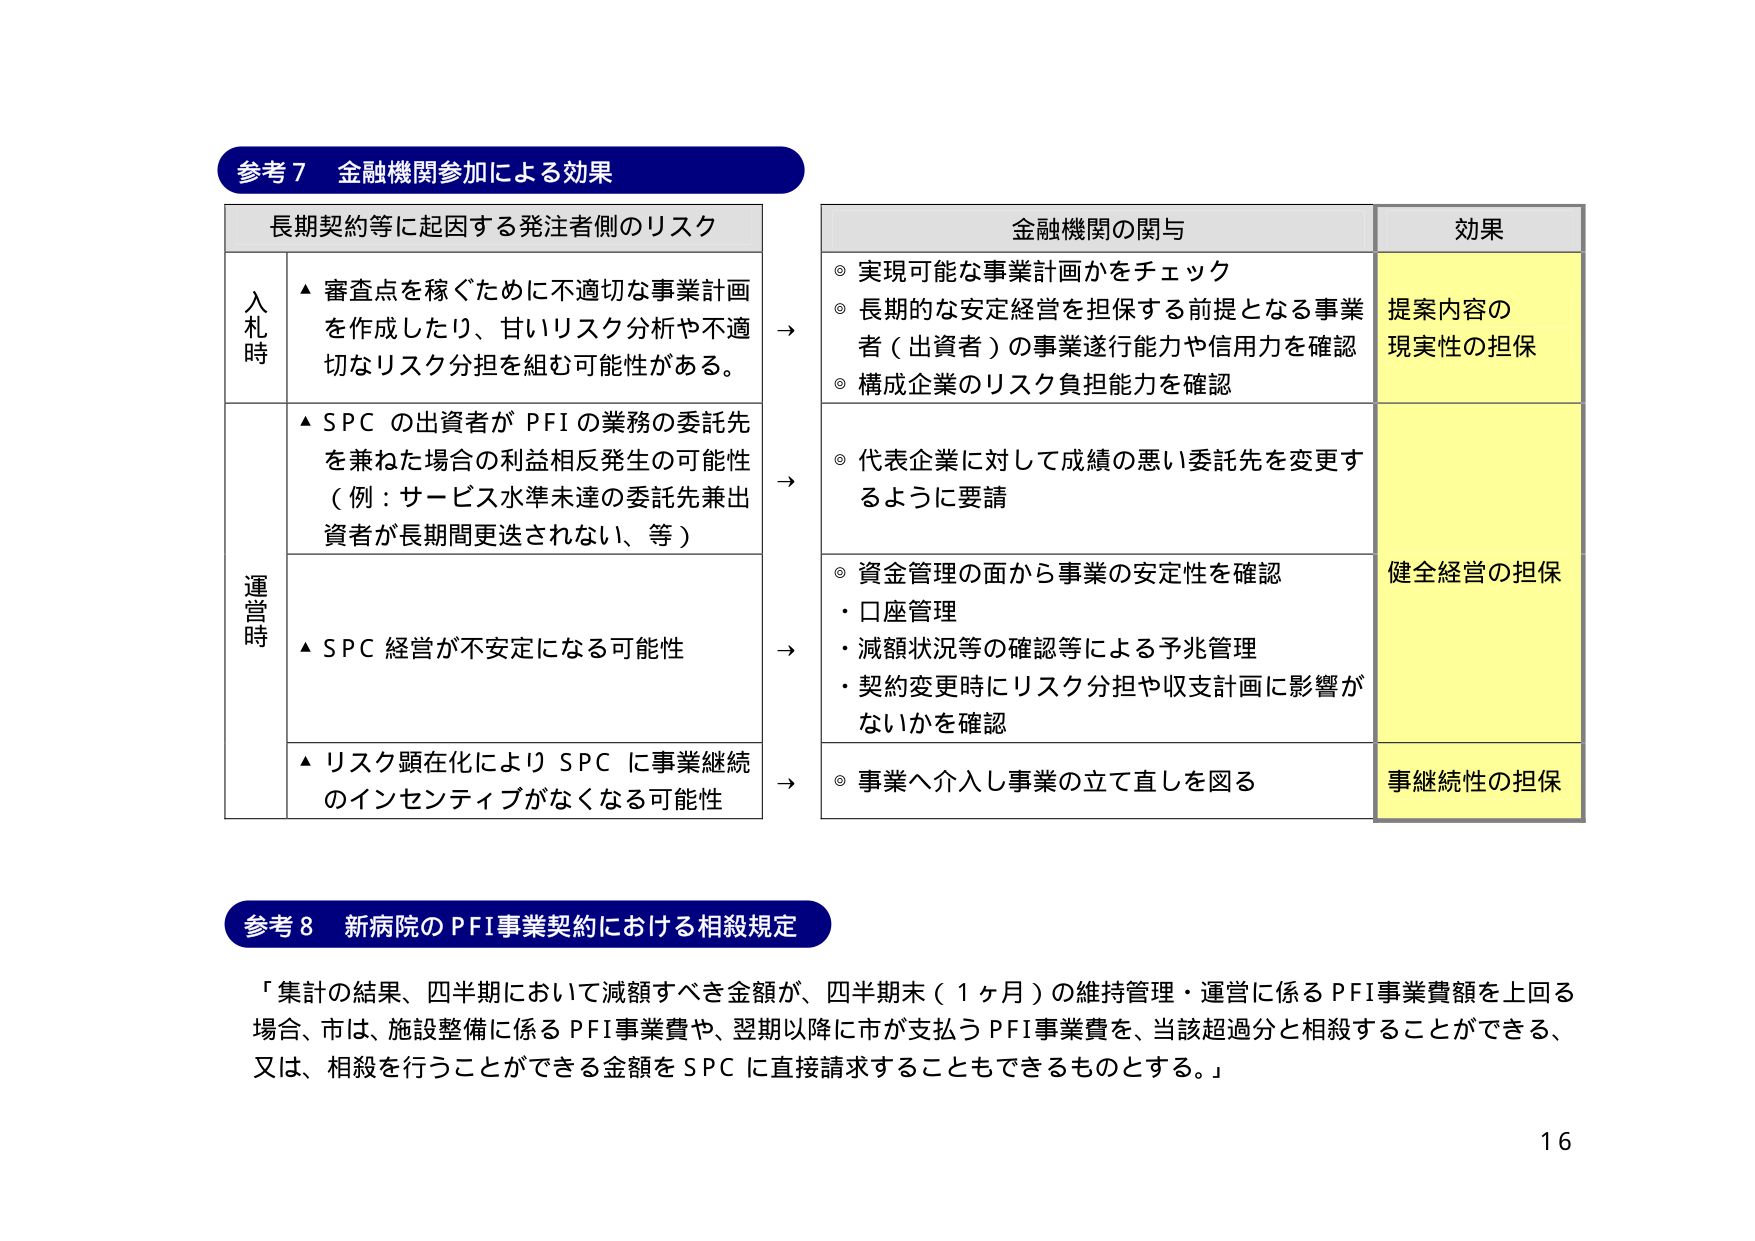
参考７ 金融機関参加による効果

長期契約等に起因する発注者側のリスク

入札時
▲ 審査点を稼ぐために不適切な事業計画を作成したり、甘いリスク分析や不適切なリスク分担を組む可能性がある。

→
金融機関の関与
◎ 実現可能な事業計画かをチェック
◎ 長期的な安定経営を担保する前提となる事業者（出資者）の事業遂行能力や信用力を確認
◎ 構成企業のリスク負担能力を確認

効果
提案内容の現実性の担保

運営時
▲ SPC の出資者が PFI の業務の委託先を兼ねた場合の利益相反発生の可能性（例：サービス水準未達の委託先兼出資者が長期間更迭されない、等）

→
◎ 代表企業に対して成績の悪い委託先を変更するように要請

▲ SPC 経営が不安定になる可能性

→
◎ 資金管理の面から事業の安定性を確認
・口座管理
・減額状況等の確認等による予兆管理
・契約変更時にリスク分担や収支計画に影響がないかを確認

健全経営の担保

▲ リスク顕在化により SPC に事業継続のインセンティブがなくなる可能性

→
◎ 事業へ介入し事業の立て直しを図る

事継続性の担保

参考８ 新病院のPFI事業契約における相殺規定

「集計の結果、四半期において減額すべき金額が、四半期末（１ヶ月）の維持管理・運営に係るPFI事業費額を上回る場合、市は、施設整備に係るPFI事業費や、翌期以降に市が支払うPFI事業費を、当該超過分と相殺することができる、又は、相殺を行うことができる金額をSPCに直接請求することもできるものとする。」

16